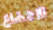
الإجتماع